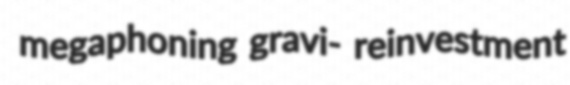
megaphoning gravi- reinvestment